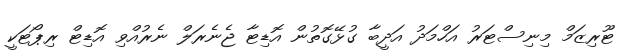
ޓޫރިޒަމް މިނިސްޓަރު އަހްމަދު އަދީބާ ގުޅޭގޮތުން އޮޑިޓާ ޖެނެރަލް ނެރުއްވި އޮޑިޓް ރިޕޯޓަކީ